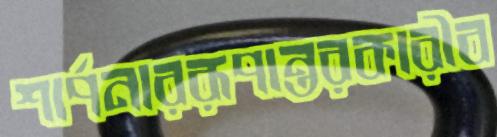
শার্পনাররূপান্তরকারীব